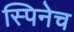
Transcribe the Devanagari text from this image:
स्पिनेच